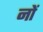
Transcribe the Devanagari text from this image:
नों